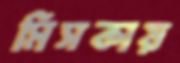
মিসকায়